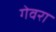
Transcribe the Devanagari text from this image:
गेवरा